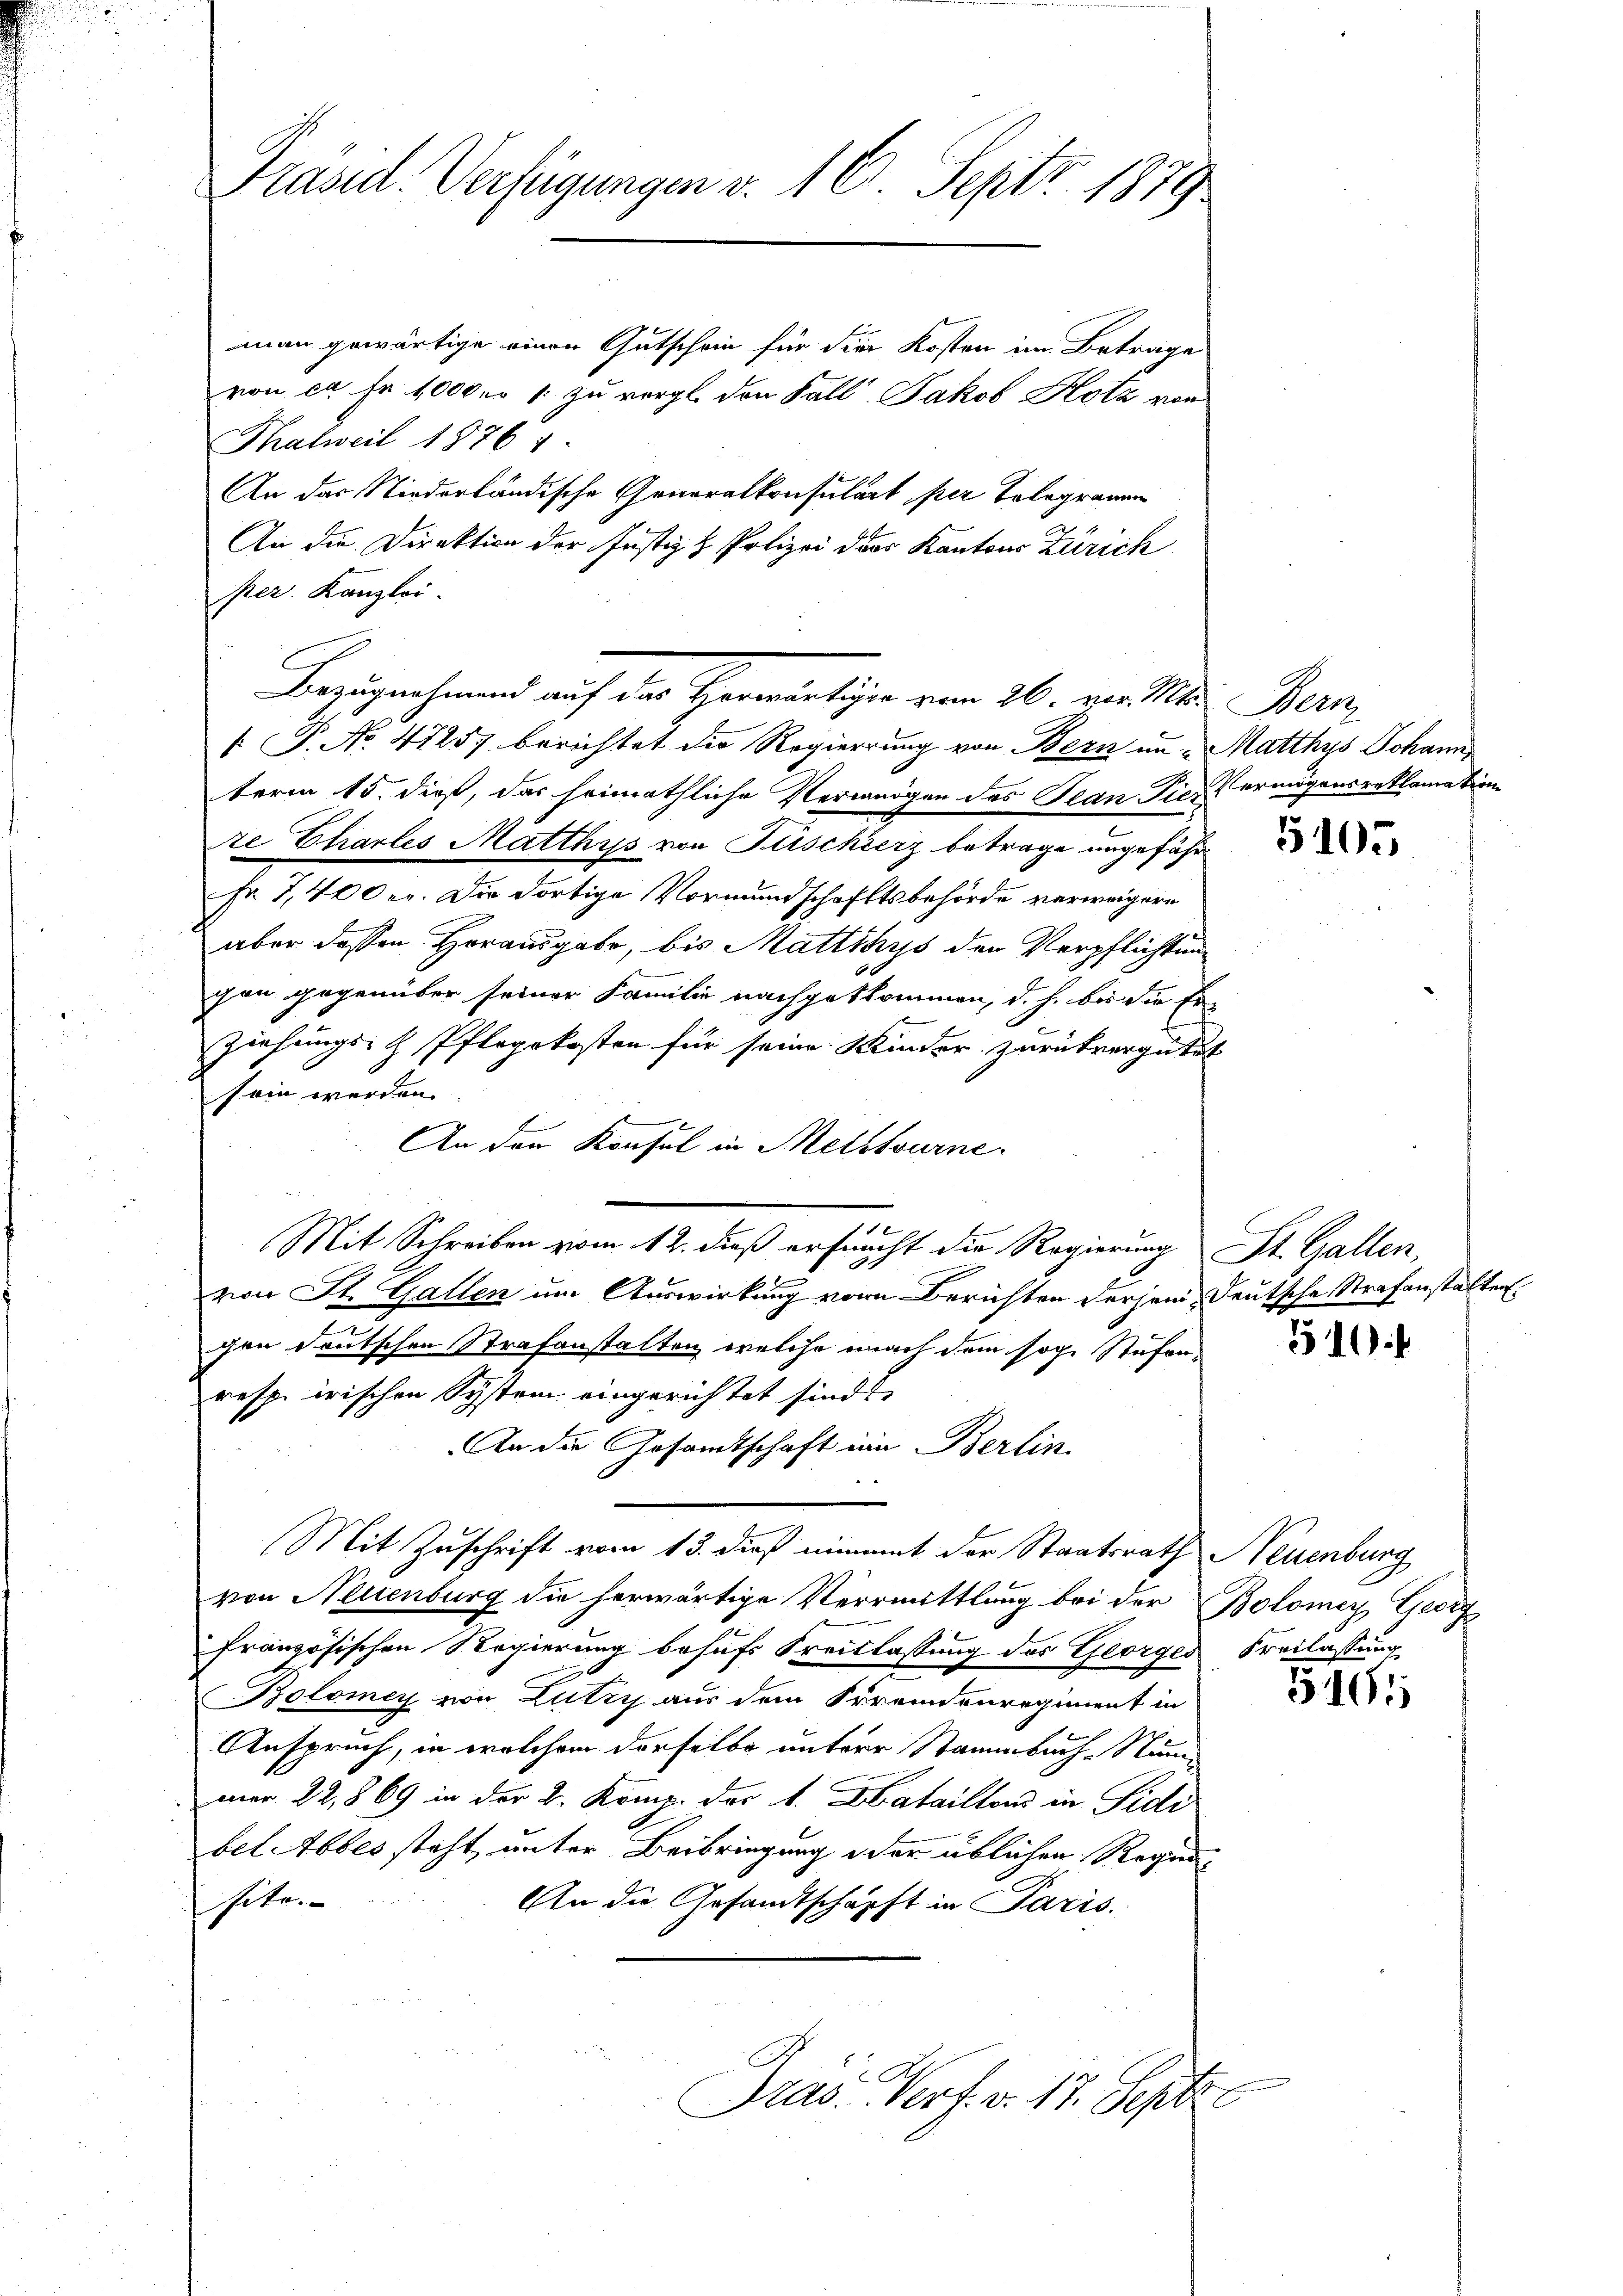
Präsid. Verfügungen v. 16. Septr. 1879

man gewärtige einen Gutschein für die Kosten im Betrage
von ca Fr. 1000 n 1. zu vergl. den Fall Jakob Hotz von
Thalweil 1876
An das Niederländische Generalkonsulart per Tolegramm
An die Direktion der Justiz- & Polizei der Kantons Zürich
per. Kanzlei.
 P. No. 47257, berichtet die Regierung von Bern in Matthys Johann
term 15. dieß, das heimathliche Vermögen des Plan die Vermögensreklamation
ze Chartes Matthys von Fischierz betrage ungefähr
Fr. 7,400 er. Die dortige Vormundschaftsbehörde verweigern
aber dessen Herausgabe, bis Mattthys den Verpflichtung
con gegenüber seiner Familie nachgetkommen, d. h. bis die Er-
Ziehungs- & Pflegekosten für seine Kinder zurückvergütet
sein werden.
An den Konsul in Melstourne
Mit Schreiben vom 12. dieß erfrucht die Regierung St. Gallen,
von St. Gallen um Auswirkung von Berichten derjenig Deutsche Strafenstalten.
.
gen deutschen Strafanstalten, welche nach dem soge Stufen
resp. irischen System eingerichtet sind.
An die Gesamtschaft ein Berlin
Mit Zuschrift vom 13. dieß nimmt der Staatsrath Neuenburg
von Neuenburg die herwärtige Vermittlung bei der Bolomey Georg
französischen Regierung behufs Freitlassung des Georges Freilassung
Bolomey von Lutry aus dem Fremdenregiment in
Anspruch, in welchem derselbe untere Staabuch-Stammer 22,869 in der 2. Komp. der 1. Bataillons in Fidi
bel Abbes steht, unter Beibringung oder üblichen Regun
hote.
An die Gesandtschärft in Paris.
Präs. Verf. v. 17. Septe

Bezugnahmend auf das Herwärtige vom 26. von M. Bern

5105

510 f

5161